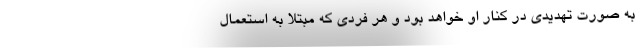
به صورت تهدیدی در کنار او خواهد بود و هر فردی که مبتلا به استعمال